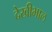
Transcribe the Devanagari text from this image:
देखीभाल